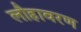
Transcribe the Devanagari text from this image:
लौहावरण